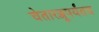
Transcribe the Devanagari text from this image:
चेतारज्जूपर्यंतच